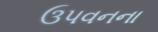
ઉપવનના